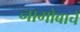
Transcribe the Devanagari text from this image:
नागोबाचे